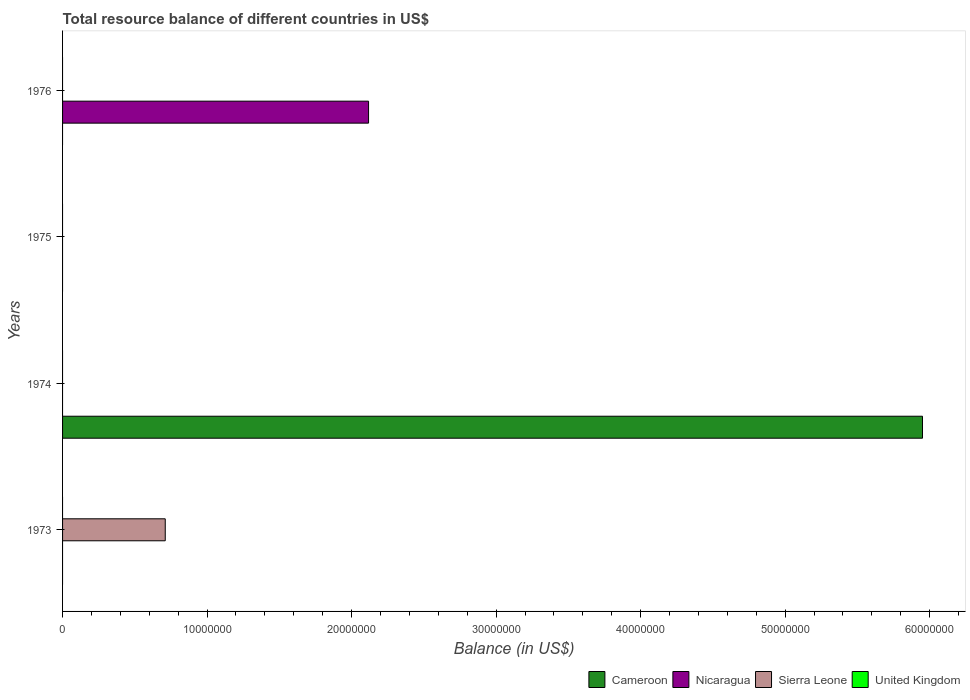
| Years | Cameroon | Nicaragua | Sierra Leone | United Kingdom |
 | --- | --- | --- | --- | --- |
 | 1973 | -5.81e+07 | -1.05e+08 | 7.1e+06 | -4.3e+09 |
 | 1974 | 5.95e+07 | -2.06e+08 | -1.32e+07 | -9.62e+09 |
 | 1975 | -7.87e+07 | -1.41e+08 | -6.36e+07 | -3.91e+09 |
 | 1976 | -1.45e+08 | 2.12e+07 | -4.39e+07 | -2.42e+09 |